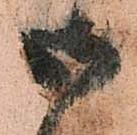
御